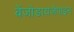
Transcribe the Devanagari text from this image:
बेंजोडायजेपाइन